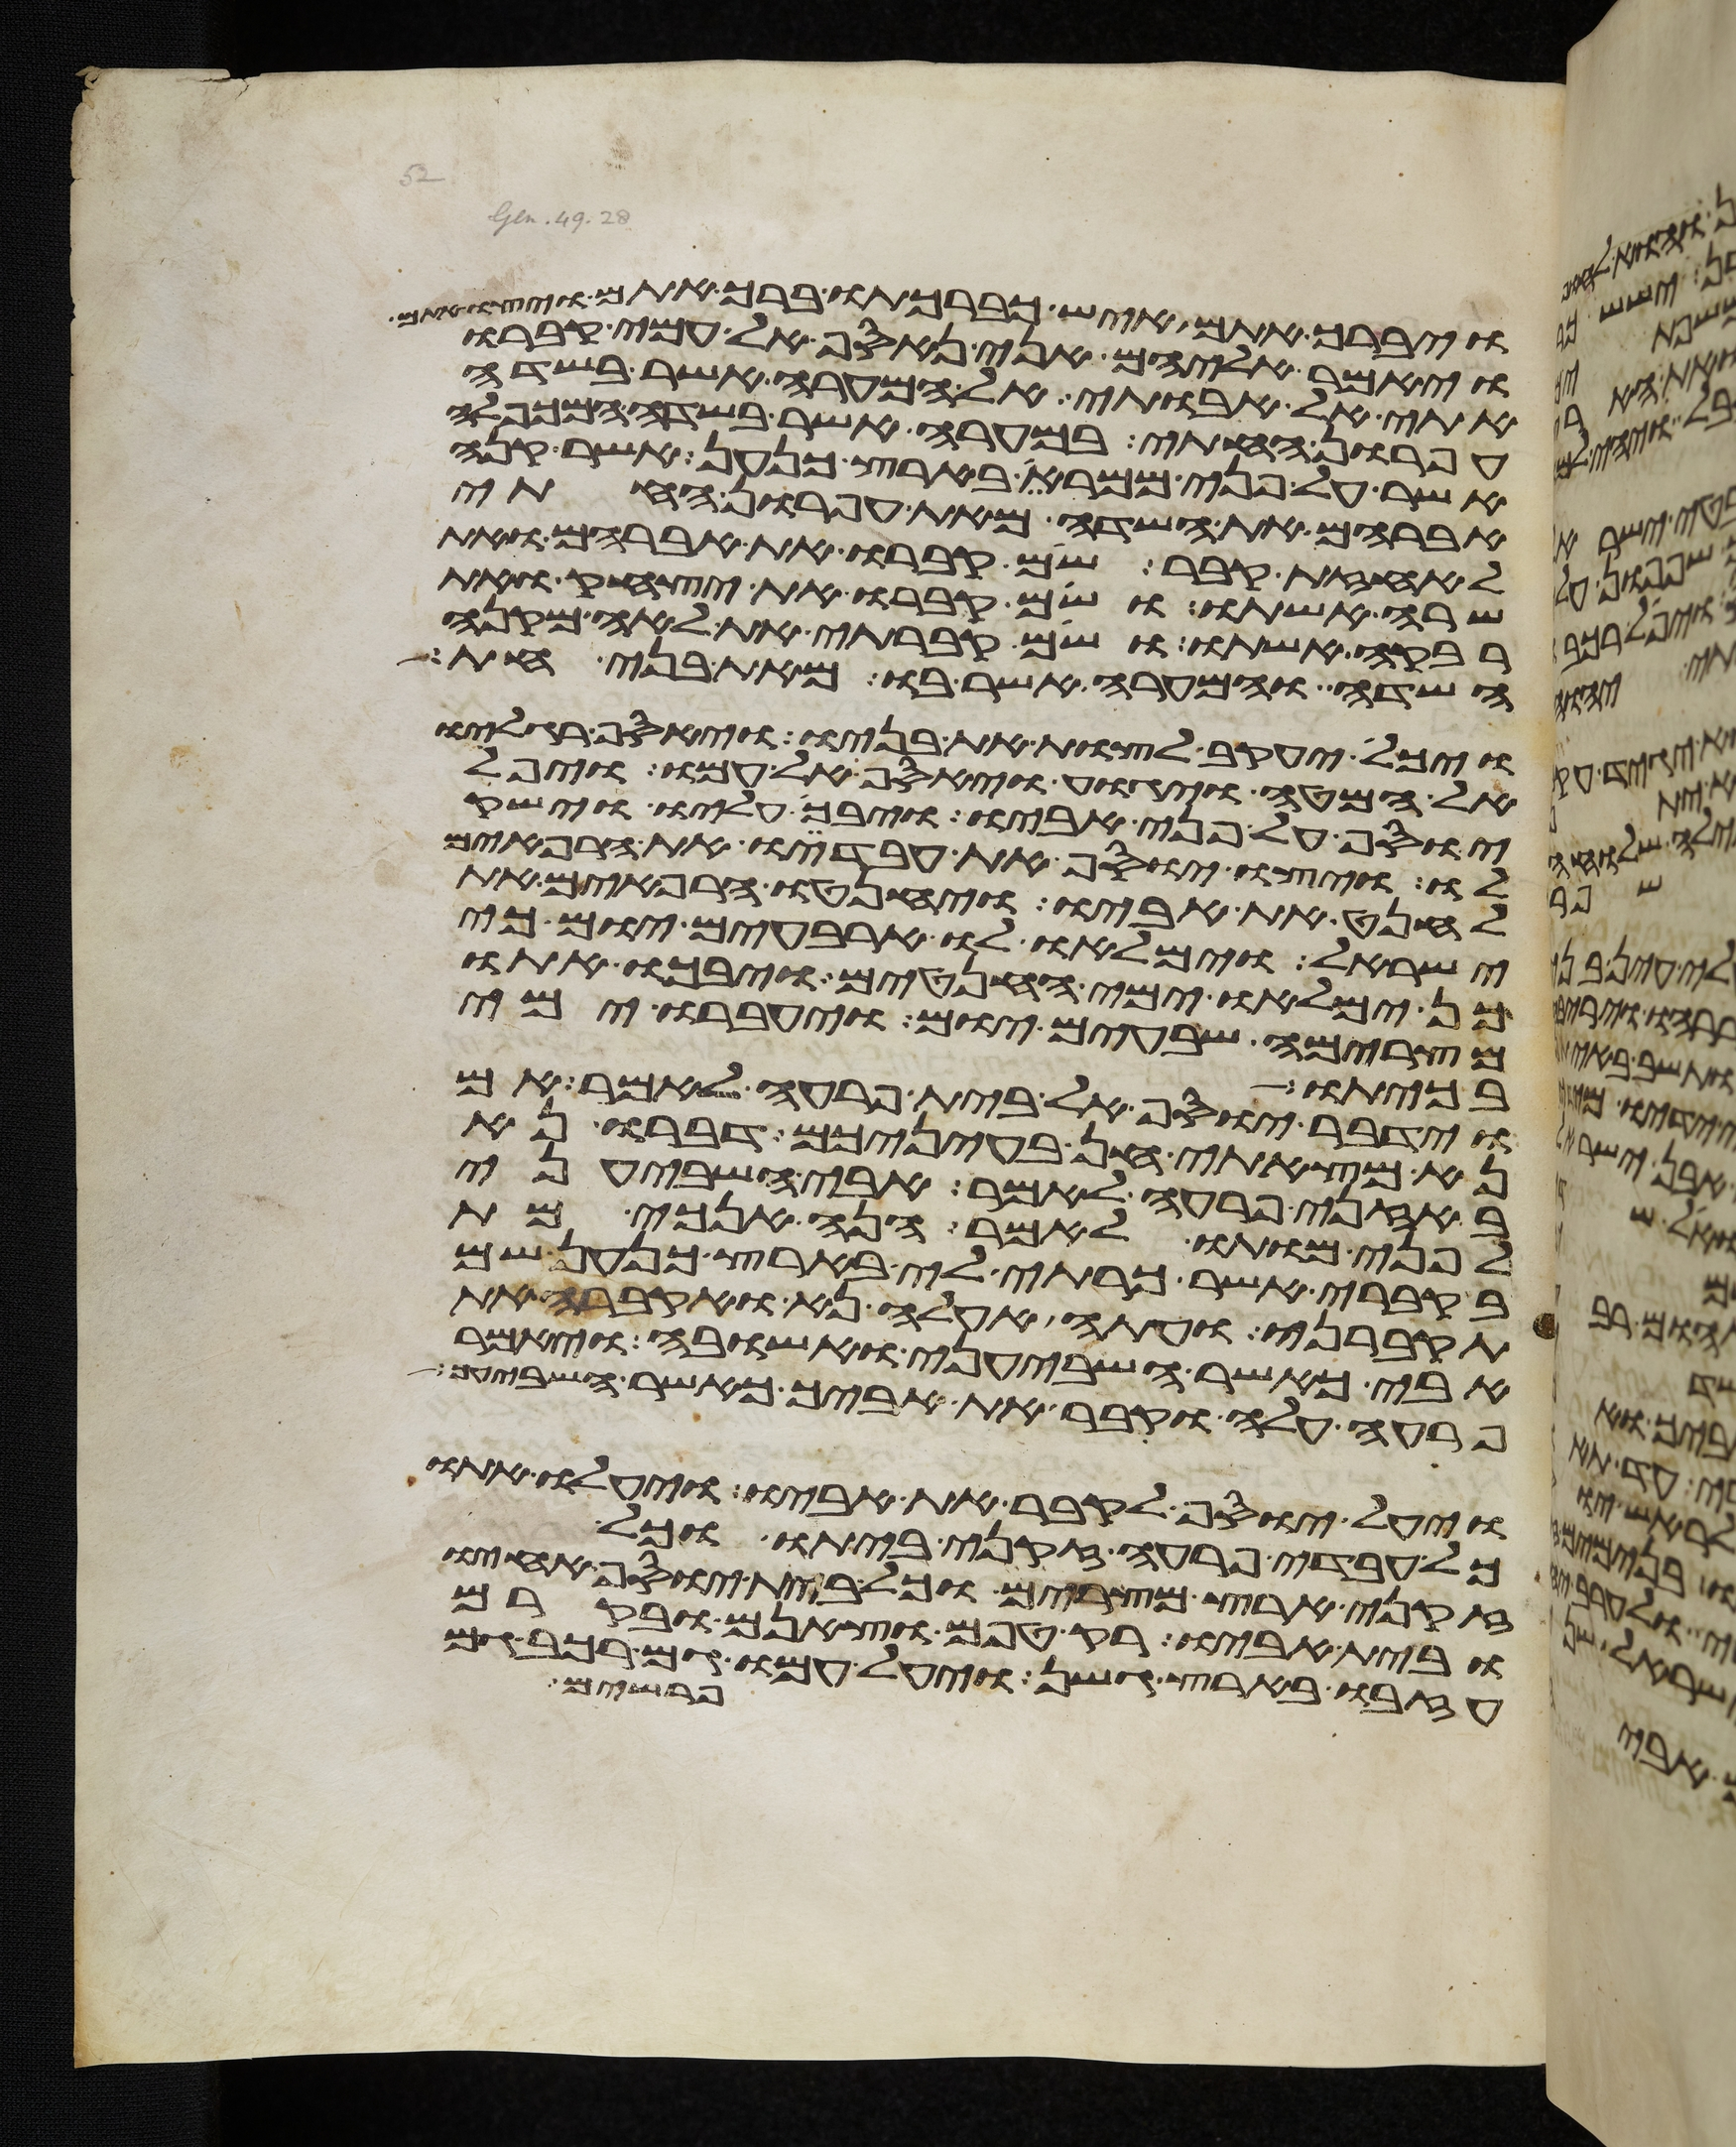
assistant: ויברך אתם איש כברכתו ברך אתם ויצו אתם
ויאמר אליהם אני נאסף אל עמי קברו
אתי אל אבותי אל המערה אשר בשדה
עפרון החתי במערה אשר בשדה המכפלה
אשר על פני ממרא בארץ כנען אשר קנה
אברהם את השדה מאת עפרון החתי
לאחזת קבר שם קברו את אברהם ואת
שרה אשתו ושם קברו את יצחק ואת
רבקה אשתו ושם קברתי את לאה מקנה
השדה והמערה אשר בו מאת בני חת
ויכל יעקב לצות את בניו ויאסף רגליו
אל המטה ויגוע ויאסף אל עמו ויפל
יוסף על פני אביו ויבך עליו וישק
לו ויצו יוסף את עבדיו את הרפאים
לחנט את אביו ויחנטו הרפאים את
ישראל וימלאו לו ארבעים יום כי
כן ימלאו ימי החנטים ויבכו אתו
מצרימה שבעים יום ויעברו ימי
בכיתו
וידבר יוסף אל בית פרעה לאמר אם
נא מצאתי חן בעיניכם דברו נא
באזני פרעה לאמר אבי השביעני
לפני מותו לאמר הנה אנכי מת
בקברי אשר כרתי לי בארץ כנען שם
תקברני ועתה אעלה נא ואקברה את
אבי כאשר השביעני ואשובה ויאמר
פרעה עלה וקבר את אביך כאשר השביעך
ויעל יוסף לקבר את אביו ויעלו אתו
כל עבדי פרעה זקני ביתו וכל
זקני ארץ מצרים וכל בית יוסף אחיו
ובית אביו רק טפם וצאנם ובקרם
פרשים
עזבו בארץ גשן ויעל עמו גם רכב גם